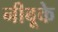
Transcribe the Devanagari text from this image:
नीबूके